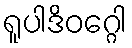
ရူပါဒိဝဂ္ဂေါ